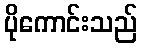
ပိုကောင်းသည်